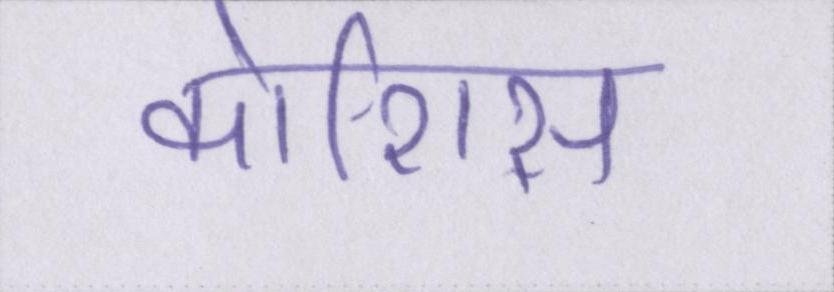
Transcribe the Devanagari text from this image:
कोशिस